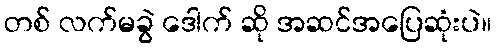
တစ် လက်မခွဲ ဒေါက် ဆို အဆင်အပြေဆုံးပဲ။